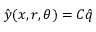
\hat { y } ( x , r , \theta ) = C \hat { q }